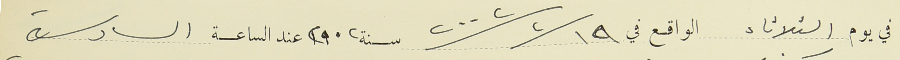
في يوم الثلاثاء الواقع في ٢٠٠٢/٢/١٩  سنة ٢٠٠٢ عند الساعة السادسة